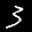
Label: 3